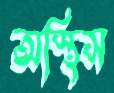
অস্থিস